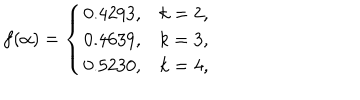
LaTeX: f ( \alpha ) = \left\{ \begin{array} { c c } { { 0 . 4 2 9 3 , } } & { { k = 2 , } } \\ { { 0 . 4 6 3 9 , } } & { { k = 3 , } } \\ { { 0 . 5 2 3 0 , } } & { { k = 4 , } } \\ \end{array} \right.